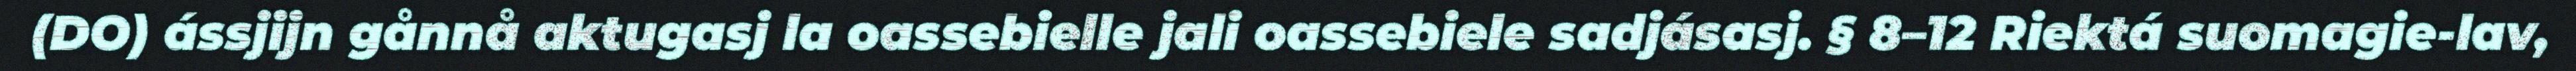
(DO) ássjijn gånnå aktugasj la oassebielle jali oassebiele sadjásasj. § 8–12 Riektá suomagie-lav,